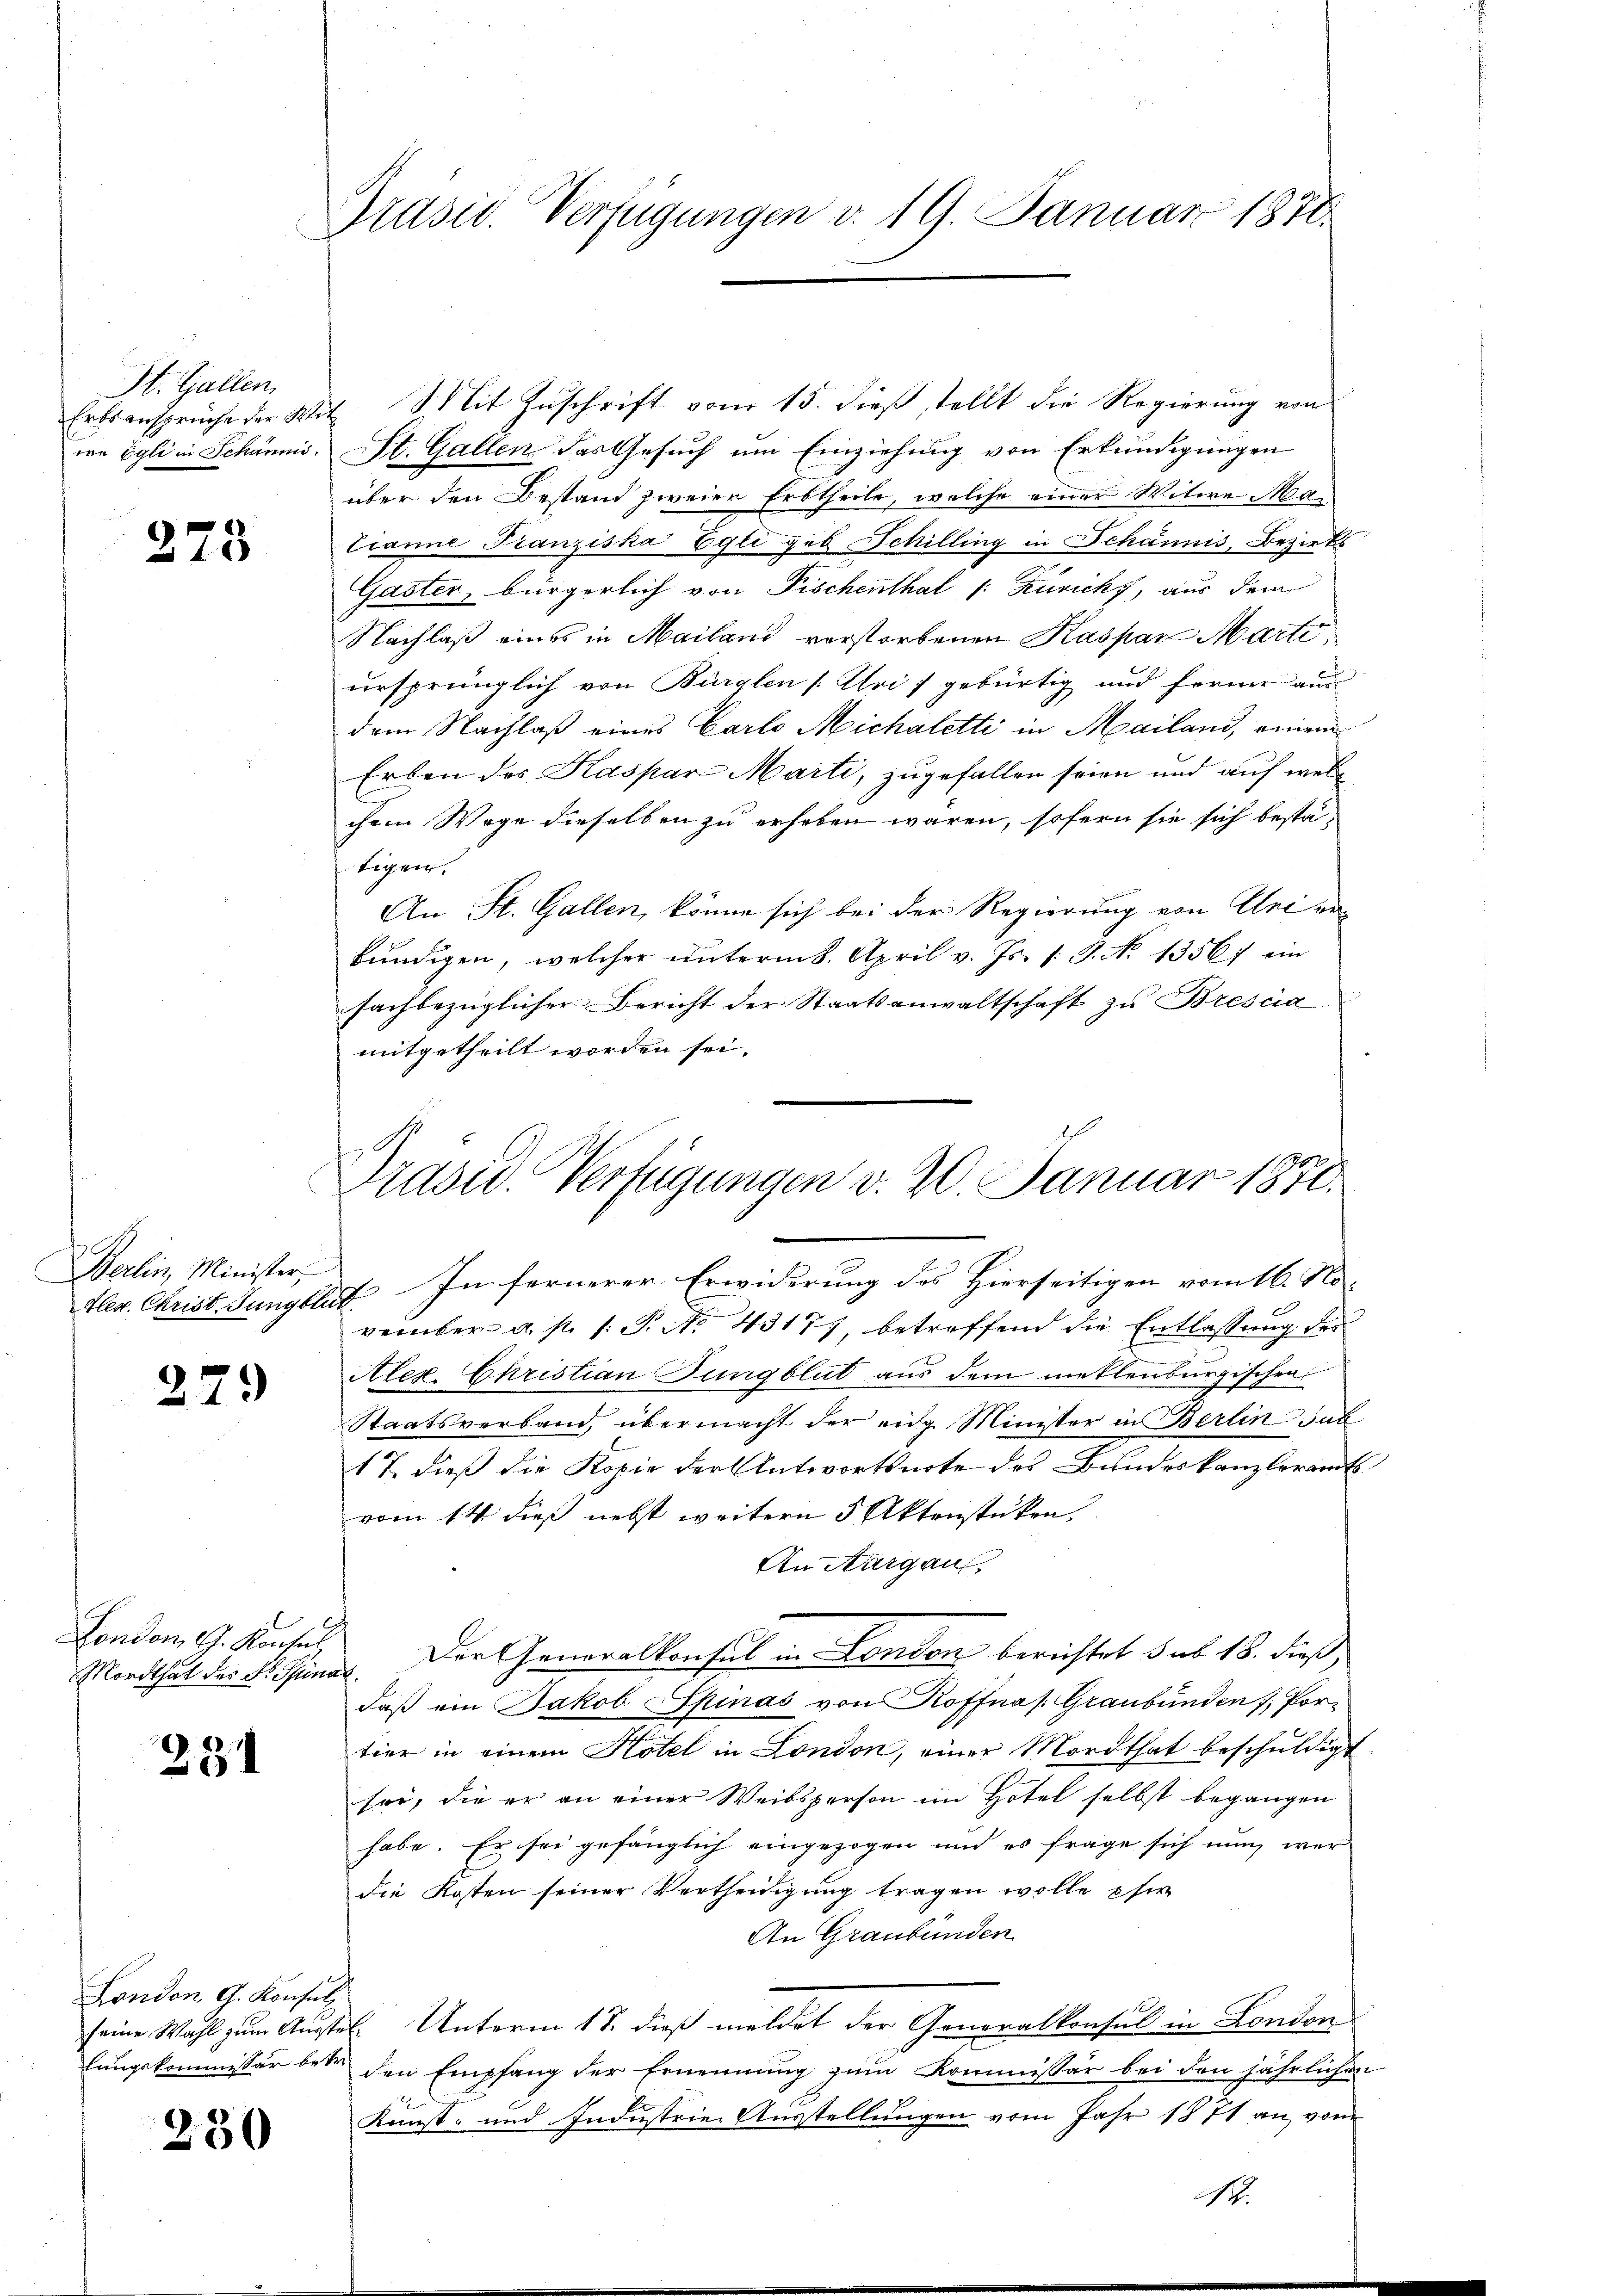
St. Gallen
Erbsansprüche der Wiwe Egli in Schaumi

273

Berlin, Minister,

279

London G. Konsul
Mordthat der Dr. Spin

231

London G. Konsul
lungskommissar bet

230

Präsid. Verfügungen v. 19. Januar 1870.

Mit Zuschrift vom 15. dieß stellt die Regierung von
¬
St. Gallen das Gesuch um Einziehung von Erkundigungen
über den Bestand zweier Erbtheile, welche einer Witwe Ma¬
Tianne Franziska Egli geb. Schilling in Schännis, Bezirks
Gaster, bürgerlich von Fischenthal /: Zürich, aus dem
Nachlaß eines in Mailand verstorbenen Kaspar Marti
ursprünglich von Bürglen (Uri) gebürtig und ferner aus
dem Nachlaß eines Carlo Michaletti in Mailand, einem
Erben des Kaspar Marti, zugefallen seien und auf welc
chem Wege dieselben zu erheben wären, sofern sie sich bestatigen.
An St. Gallen, könne sich bei der Regierung von Uri erkündigen, welcher unterm 8. April v. Js. 1. P. No 13567 ein
sachbezüglicher Bericht der Staatsanwaltschaft zu Brescia
mitgetheilt worden sei.
tler. Christ. Jungblut. In fernerer Erwiderung des Hierseitigen vom 16. November a. p. 1. P. No. 43177, betreffend die Entlassung der
Alex. Christian Jungblut aus dem mettenburgischen
Staatsverband, übermacht der eidg. Minister in Berlin Sub
17 dieß die Kopie der Antwortsnote des Bundeskanzleramts
vom 14 dieß nebst weitern 5 Aktenstücken,
An Aargau,
Der Generalkonsul in London berichtet sub. 18. dieß,
s
daß ein Jakob Spinas von Koffnas: Graubünden 1, Portier in einem Hotel in London, einer Mordthat beschuldigt.
sei, die er an einer Weibsperson im Hotel selbst begangen
habe. Er sei gefänglich eingezogen und es frage sich nun werdie Kosten seiner Vertheidigung tragen wolle, si
An Graubünden
s
seine Wahl zum Ausste. Unterm 17. dieß meldet der Generalkonsul in London
den Empfang der Ernennung zum Kommissär bei den jährlichen
Kunst- und Industrie-Ausstellungen vom Jahr 1871 an, vom
N.

rasu. Verfügungen v. 20. Januar 1870.